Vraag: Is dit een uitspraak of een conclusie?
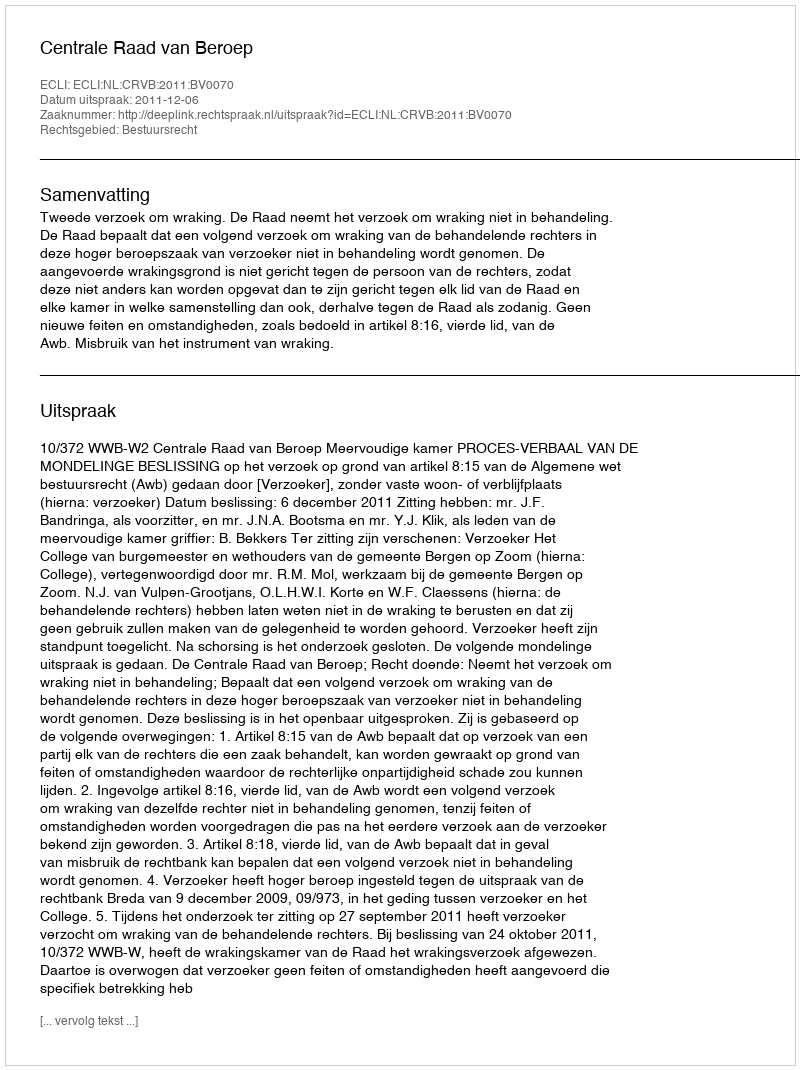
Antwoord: Uitspraak